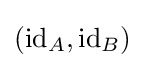
(\mathrm {id} _{A},\mathrm {id} _{B})